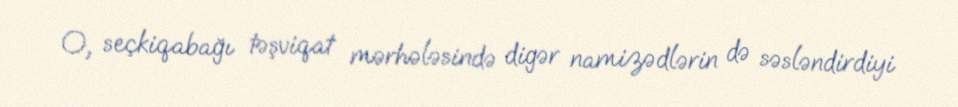
O, seçkiqabağı təşviqat mərhələsində digər namizədlərin də səsləndirdiyi